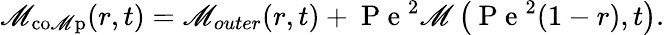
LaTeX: \mathscr{M}_{\mathrm{{co\mathscr{M}p}}}(r,t)=\mathscr{M}_{outer}(r,t)+\mathrm{{~P~e~}}^{2}\mathscr{M}\left(\mathrm{{~P~e~}}^{2}(1-r),t\right).